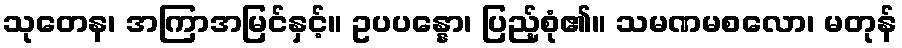
သုတေန၊ အကြာအမြင်နှင့်။ ဥပပန္နော၊ ပြည့်စုံ၏။ သမဏမစလော၊ မတုန်